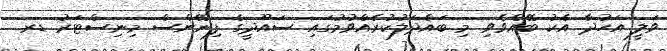
ވަލީ އަހުދާ އެކު ބޭއްވެވި މި ބައްދަލުކުރެއްވުމުގައި ސައޫދީގެ ފިނޭންސް މިނިސްޓަރު ޑރ.